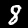
Digit: 8